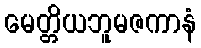
မေတ္တိယဘူမဇကာနံ